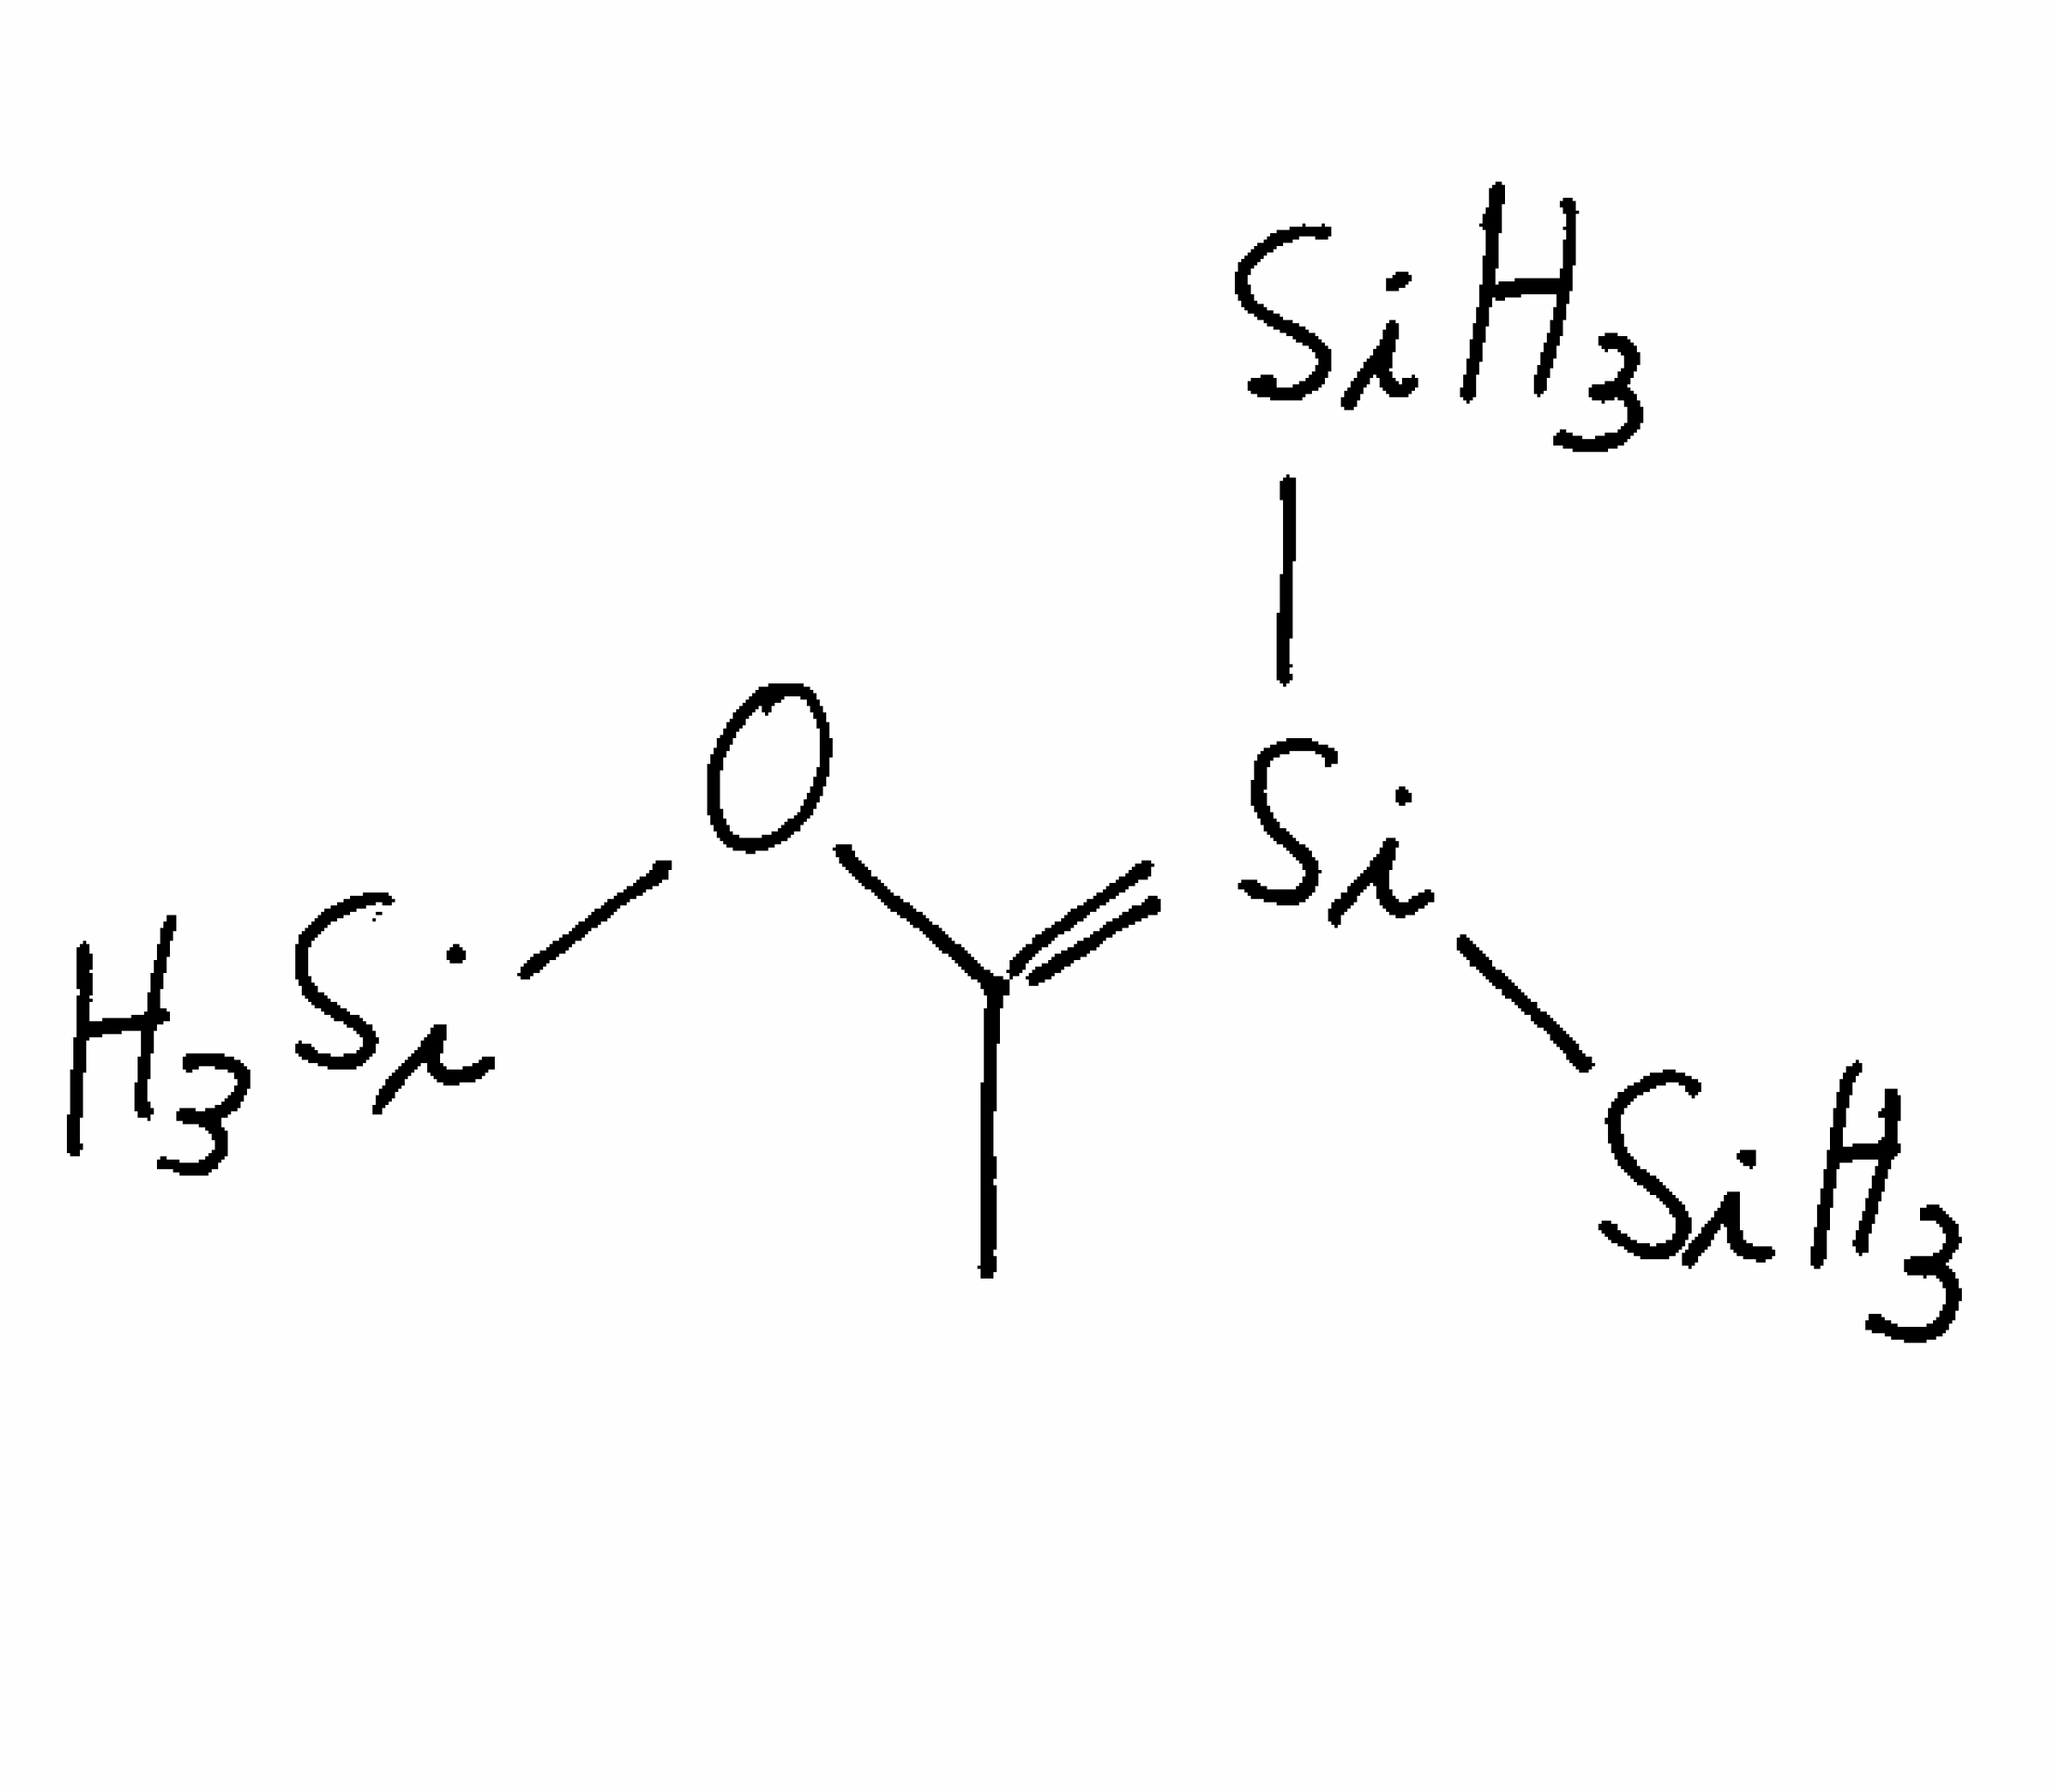
Simplified molecular-input line-entry system (SMILES) notation of the given molecule:
CC(=[Si]([SiH3])[SiH3])O[SiH3]